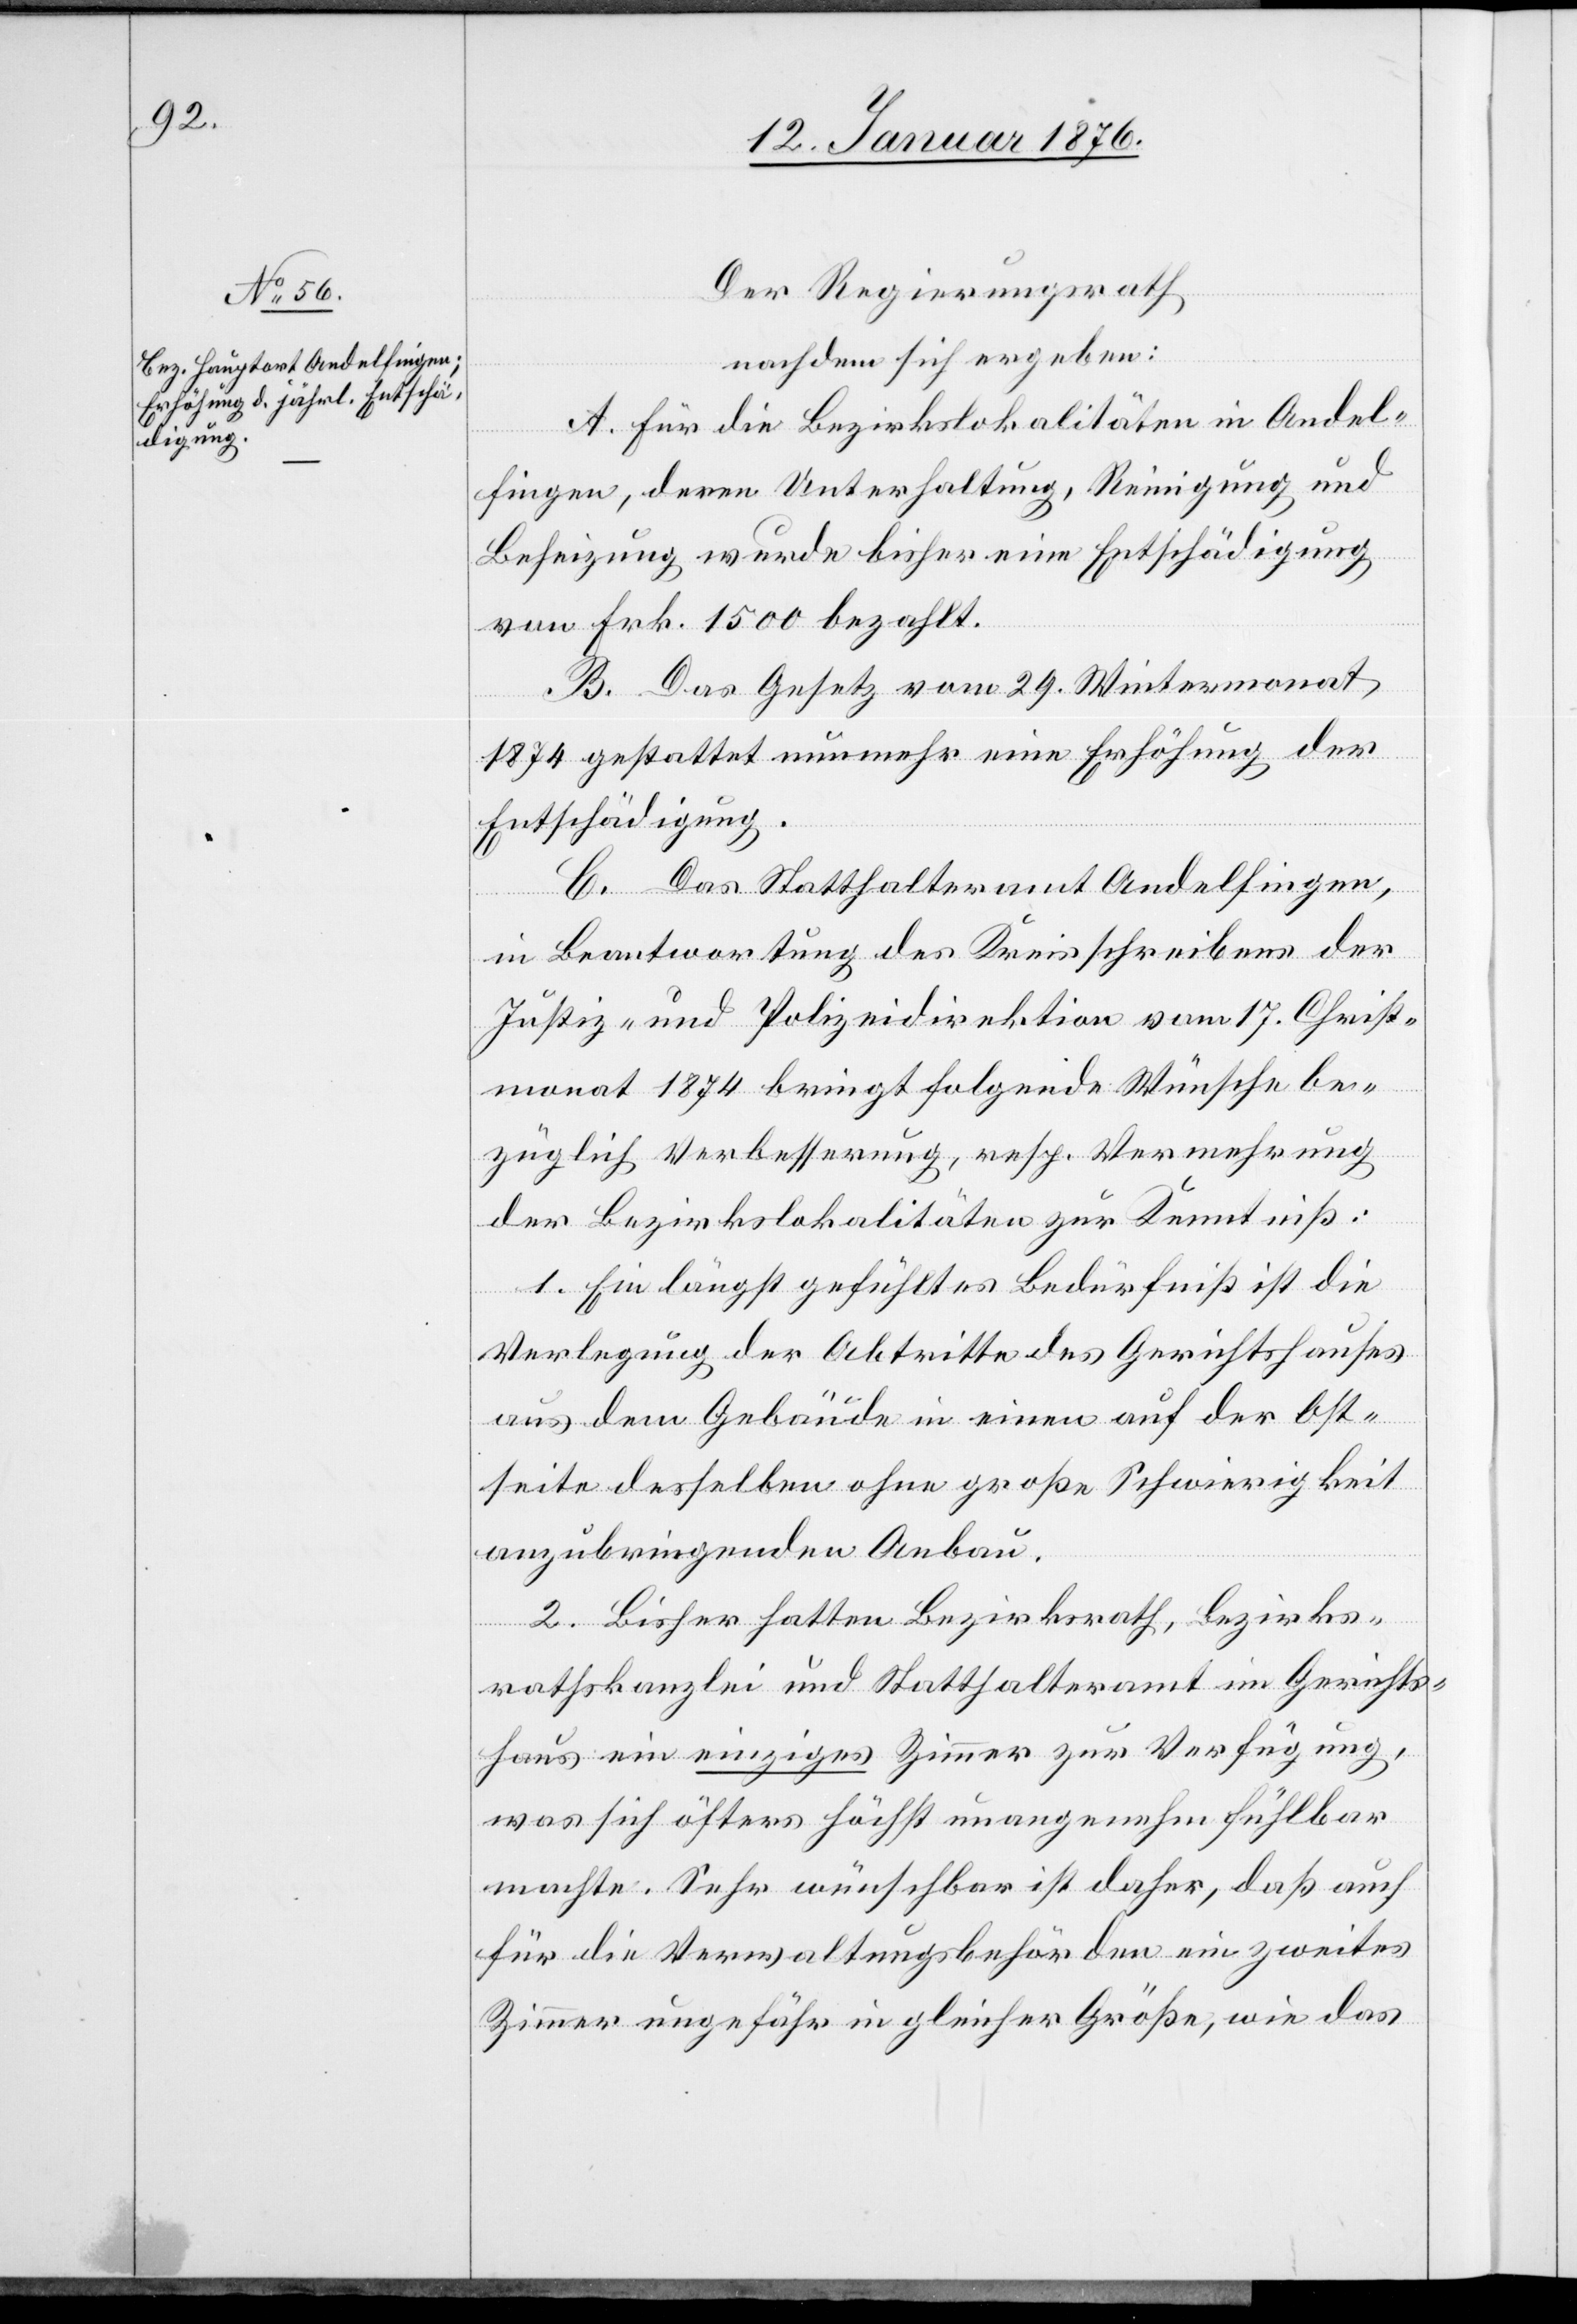
Der Regierungsrath
nachdem sich ergeben:
A. Für die Bezirkslokalitäten in Andel¬
fingen, deren Unterhaltung, Reinigung und
Beheizung wurde bisher eine Entschädigung
von Frk. 1500 bezahlt.
B. Das Gesetz vom 29. Wintermonat
1874 gestattet nunmehr eine Erhöhung der
Entschädigung.
C. Das Statthalteramt Andelfingen,
in Beantwortung des Kreisschreibens der
Justiz- und Polizeidirektion vom 17. Christ¬
monat 1874 bringt folgende Wünsche be¬
züglich Verbesserung, resp. Vermehrung
der Bezirkslokalitäten zur Kenntniß:
1. Ein längst gefühltes Bedürfniß ist die
Verlegung der Abtritte des Gerichtshauses
aus dem Gebäude in einen auf der Ost¬
seite desselben ohne große Schwierigkeit
anzubringenden Anbau.
2. Bisher hatten Bezirksrath, Bezirks¬
rathskanzlei und Statthalteramt im Gerichts¬
haus ein einziges Zimmer zur Verfügung,
was sich öfters höchst unangenehm fühlbar
machte. Sehr wünschbar ist daher, daß auch
für die Verwaltungsbehörden ein zweites
Zimmer ungefähr in gleicher Größe, wie das